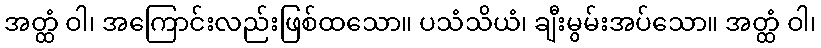
အတ္ထံ ဝါ၊ အကြောင်းလည်းဖြစ်ထသော။ ပသံသိယံ၊ ချီးမွမ်းအပ်သော။ အတ္ထံ ဝါ၊